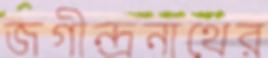
জগীন্দ্রনাথের